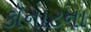
કૉનાટના